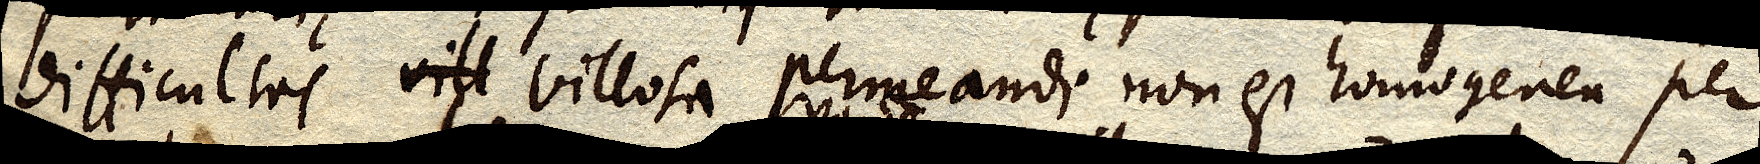
difficultas vill villosa permeandi non est homogenea per